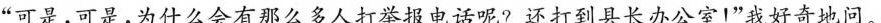
”可是，可是，为什么会有那么多人打举报电话呢?还打到县长办公室！”我好奇地问。